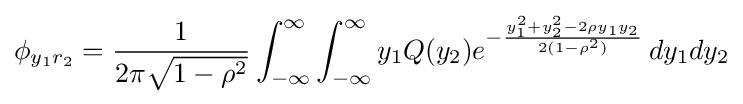
\phi _{y_{1}r_{2}}={\frac {1}{2\pi {\sqrt {1-\rho ^{2}}}}}\int _{-\infty }^{\infty }\int _{-\infty }^{\infty }y_{1}Q(y_{2})e^{-{\frac {y_{1}^{2}+y_{2}^{2}-2\rho y_{1}y_{2}}{2(1-\rho ^{2})}}}\,dy_{1}dy_{2}